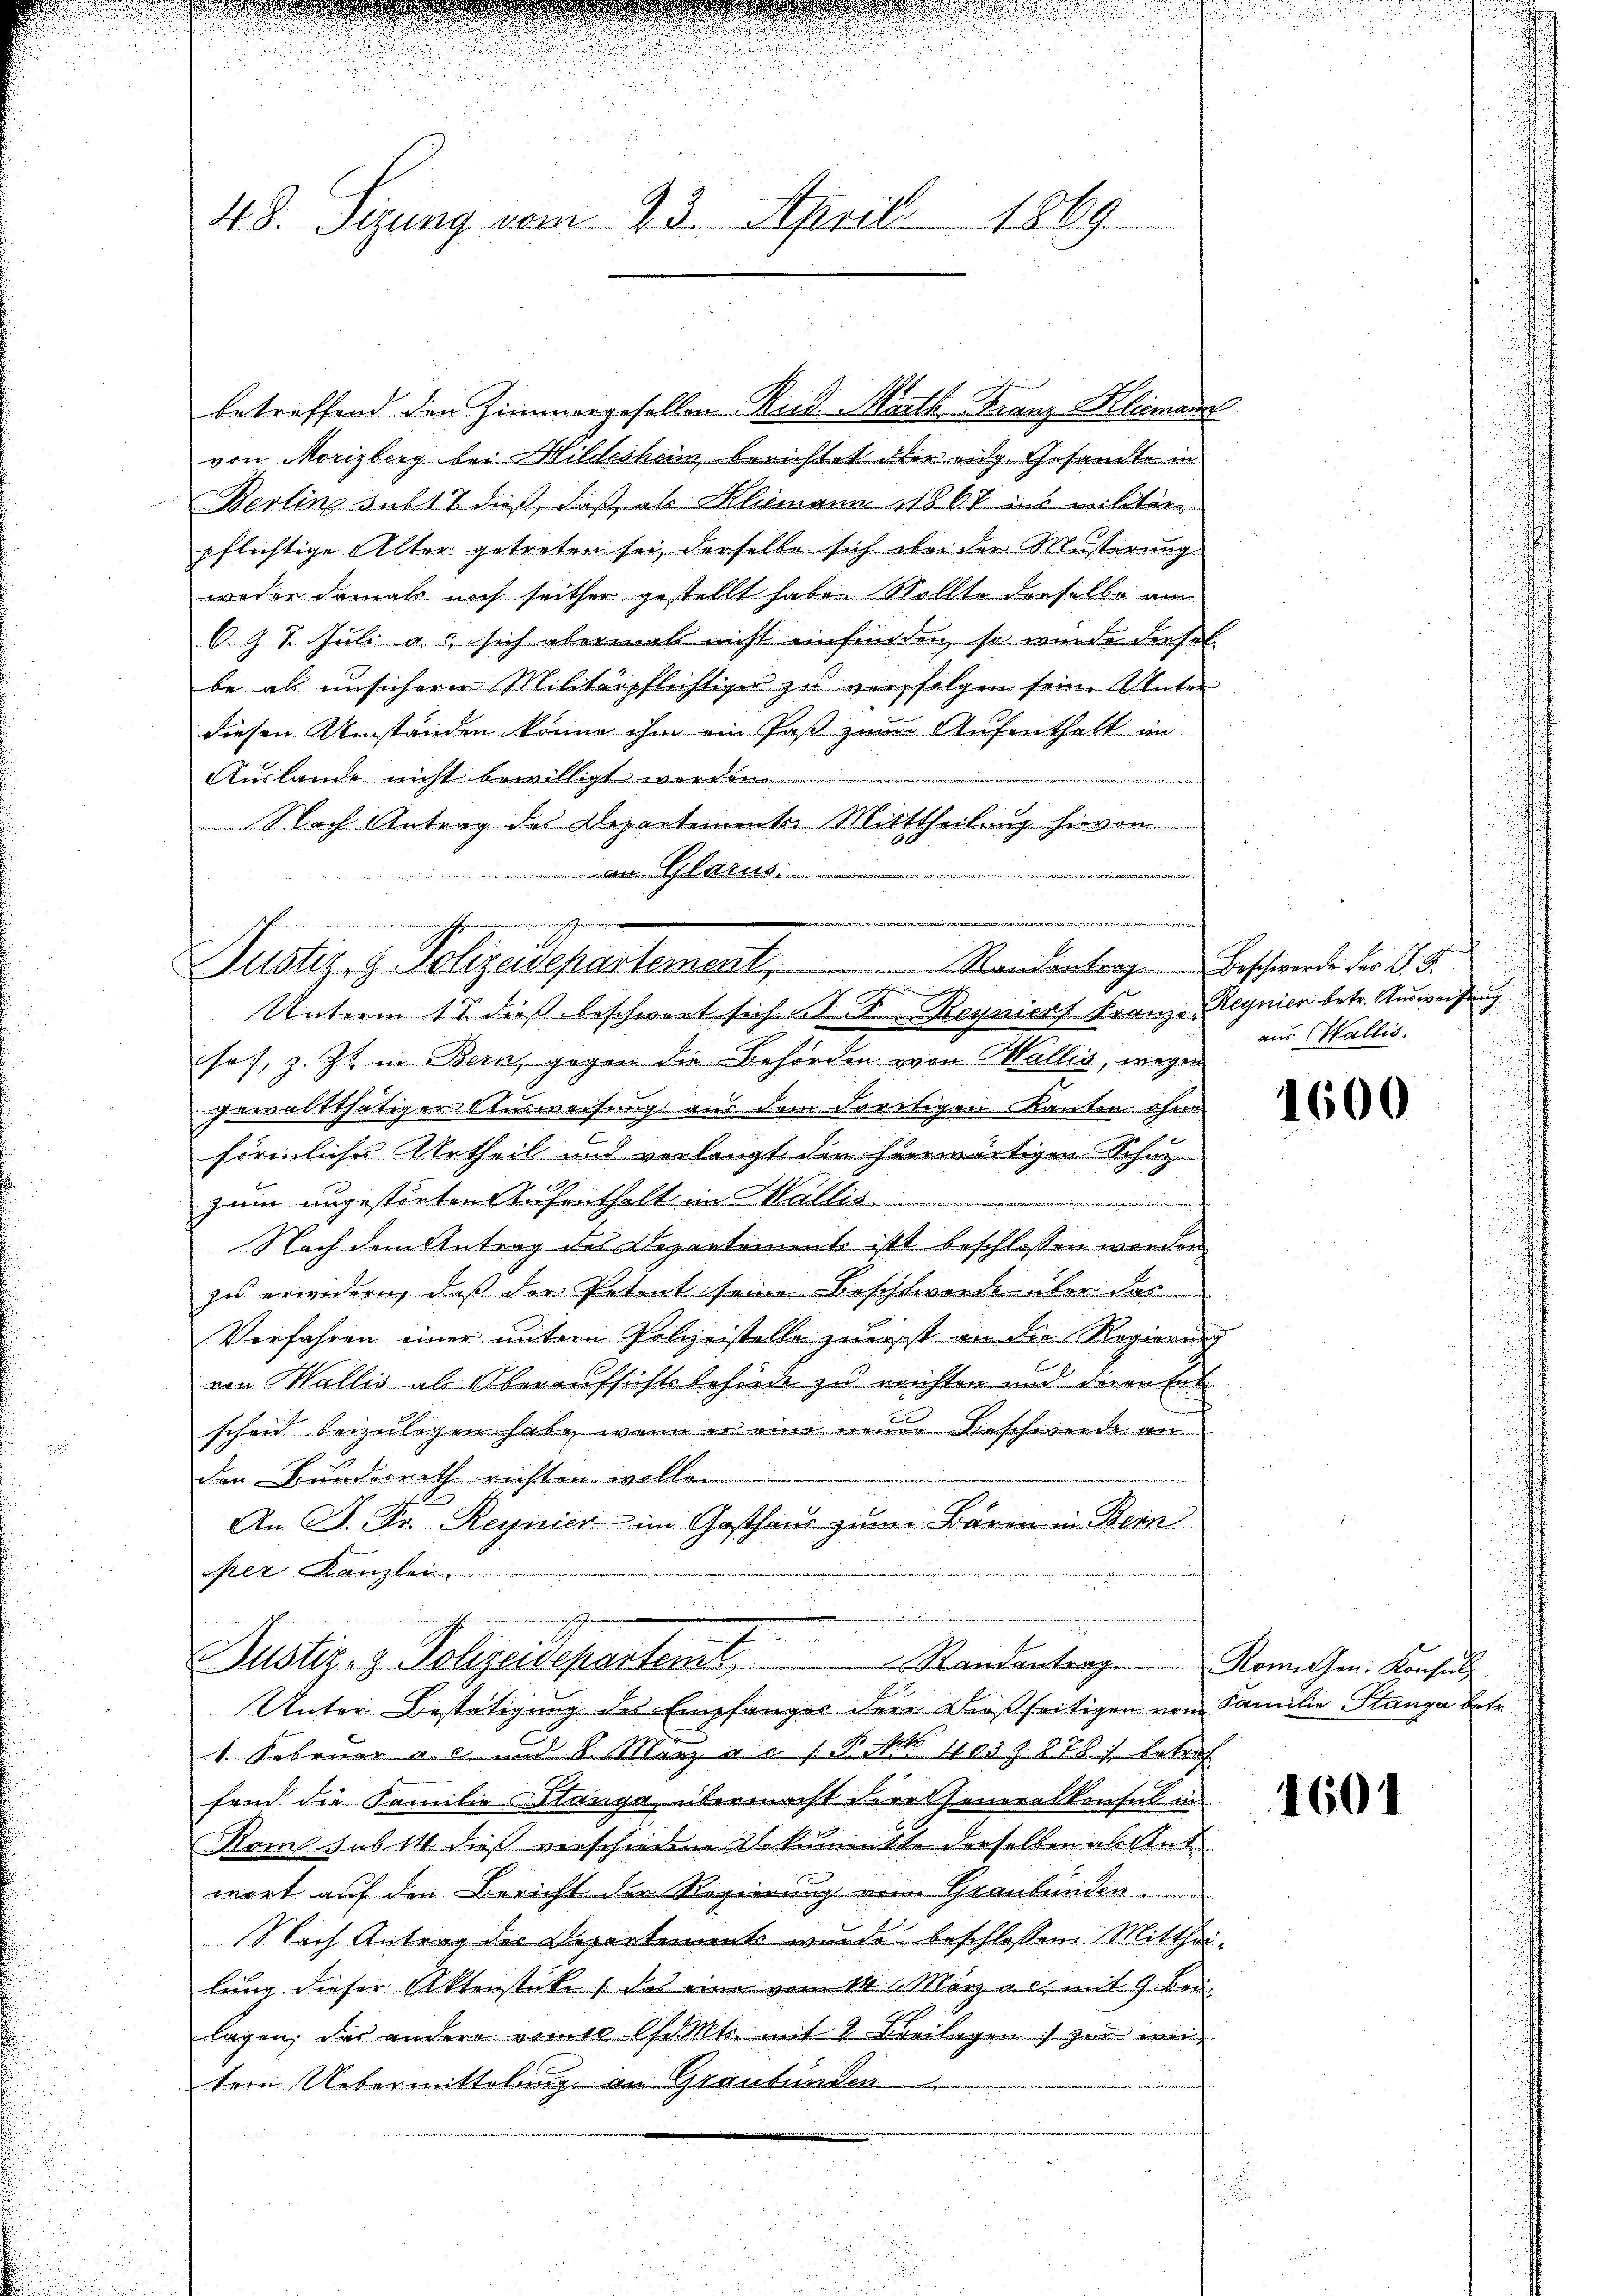
48. Segung vom 23. Aprill 1869

betreffend den Zimmergesellen Rud. Marth-Franz Klimann
von Morizberg bei Hillesheim berichtet der eidg. Gesandte in
Berling sub 11 dieß, daß als Klimann 1867 ins militärr
pflichtige Alter getreten sei, derselbe sich bei der Musterung
weder damals noch seither gestellt habe. Wollte derselbe am
6. Z. 7. Juli au sich abermals nicht einfinden, so wurde diesel
be als unsicherer Militärpflichtiger zu verfolgen sein. Unter
diesen Umständen könne ihm ein Paß zum Aufenthalt in
Auslande nicht bewilligt werden
ürzere
Nach Antrag des Departementer Mittheilung hievon
 Glarus

u

Justiz- & Polizeidepartement
Standentrag Beschwerde des P. F.
hehen her
Unterm 17. dieß beschwert sich A. A. Reynior Franze Regnier betr. Ausweisung

ses, z. Zt. in Bern, gegen die Behörden von Wallis, wegen
gewaltthätiger Ausweisung aus dem dortigen Kanton ohne
förmliches Urtheil und verlangt den hierwärtigen Schulzum ungestörten Aufenthalt im Wallis.
Nach dem Antrag des Departemente ist beschlossen worden
zu erindern, daß der Petent seine Beschwerde über das
Verfahren einer untern Polzeistelle zuerst an die Regierung
von Wallis als Oberaufsichtsbehörde zu erichten und dern hat
schen beizulegen habe, wenn er eine neuen Beschwerde an
den Bunderrath richten wollen
An P. Fr. Reynier im Gasthaus zum Bären in Bern
pez. Kanzlei.
7

Justiz- & Polizeidepartem
Randantrag Komitzen: Konsule
Unter-Bestätigung des Empfanges dere dießseitigen von Familie Stange betr.

1 Februar a. c. und 8. März a. (N. No 11039 878 betref
fond die Familie Stange, übermacht deratheneralkonsul in
Kams subit dieß verschiedene Abkunkte derselben an Antwort auf den Bericht der Regierung vom Graubünden
Nach Antrag des Departement wurde beschlossen Mittheilung dieser Aktenstücken, das eine vom 14. März a.c. mit 9 beilagen, das andere vom Charte mit 2 Breilagen zur weitern Uebermittelung an Graubünden

aus Wallis.

1600

1601